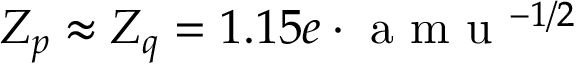
Z _ { p } \approx Z _ { q } = 1 . 1 5 e \cdot \mathrm { ~ a ~ m ~ u ~ } ^ { - 1 / 2 }